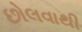
છોલવાથી